Vaccination in the Punjab 1897-1904 - 1897-1904
Year: 1897
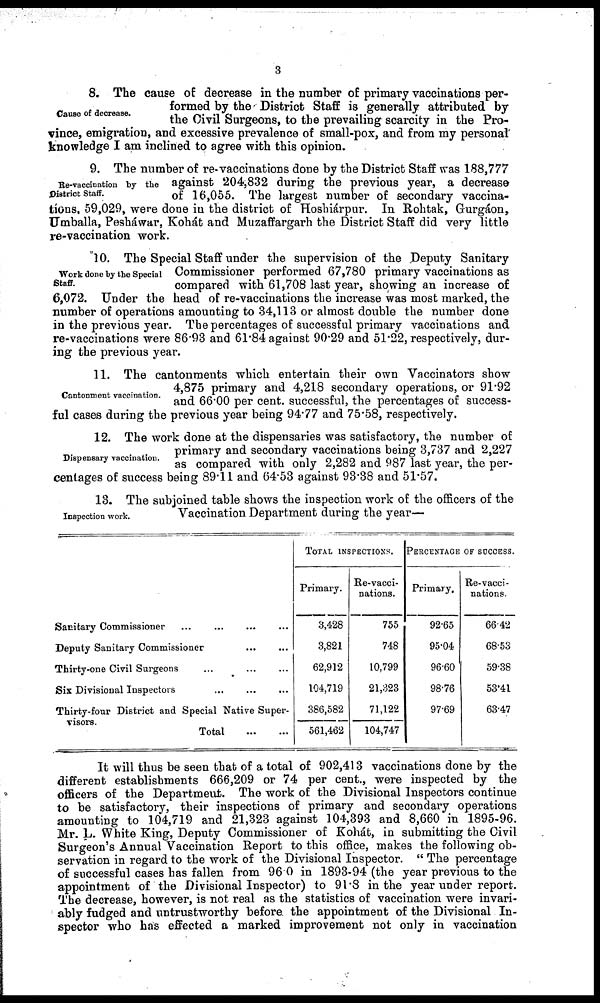
3
Cause of decrease.
8. The cause of decrease in the number of primary vaccinations per-
formed by the District Staff is generally attributed by
the Civil Surgeons, to the prevailing scarcity in the Pro-
vince, emigration, and excessive prevalence of small-pox, and from my personal
knowledge I am inclined to agree with this opinion.
Re-vaccination by the
District Staff.
9. The number of re-vaccinations done by the District Staff was 188,777
against 204,832 during the previous year, a decrease
of 16,055. The largest number of secondary vaccina-
tions, 59,029, were done in the district of Hoshiárpur. In Rohtak, Gurgáon,
Umballa, Pesháwar, Kohát and Muzaffargarh the District Staff did very little
re-vaccination work.
Work done by the Special
Staff.
10. The Special Staff under the supervision of the Deputy Sanitary
Commissioner performed 67,780 primary vaccinations as
compared with 61,708 last year, showing an increase of
6,072. Under the head of re-vaccinations the increase was most marked, the
number of operations amounting to 34,113 or almost double the number done
in the previous year. The percentages of successful primary vaccinations and
re-vaccinations were 86.93 and 61.84 against 90.29 and 51.22, respectively, dur-
ing the previous year.
Cantonment vaccination.
11. The cantonments which entertain their own Vaccinators show
4,875 primary and 4,218 secondary operations, or 91.92
and 66.00 per cent. successful, the percentages of success-
ful cases during the previous year being 94.77 and 75.58, respectively.
Dispensary vaccination.
12. The work done at the dispensaries was satisfactory, the number of
primary and secondary vaccinations being 3,737 and 2,227
as compared with only 2,282 and 987 last year, the per-
centages of success being 89.11 and 64.53 against 93.38 and 51.57.
Inspection work.
13. The subjoined table shows the inspection work of the officers of the
Vaccination Department during the year—
Sanitary Commissioner ... ... ... ...
Deputy Sanitary Commissioner ... ... ... ...
Thirty-one Civil Surgeons
...
...
...
...
Six Divisional Inspectors ... ... ... ...
Thirty-four District and Special Native Super-
visors. ... ... ... ...
Total
...
...
TOTAL INSPECTIONS.
Primary.
3,428
3,821
62,912
104,719
386,582
561,462
Re-vacci-
nations.
755
748
10,799
21,323
71,122
104,747
PERCENTAGE OF SUCCESS.
Primary.
92.65
95.04
96.60
98.76
97.69
Re-vacci¬
nations.
66.42
68.53
59.38
53.41
63.47
It will thus be seen that of a total of 902,413 vaccinations done by the
different establishments 666,209 or 74 per cent., were inspected by the
officers of the Department. The work of the Divisional Inspectors continue
to be satisfactory, their inspections of primary and secondary operations
amounting to 104,719 and 21,323 against 104,393 and 8,660 in 1895-96.
Mr. L. White King, Deputy Commissioner of Kohát, in submitting the Civil
Surgeon's Annual Vaccination Report to this office, makes the following ob-
servation in regard to the work of the Divisional Inspector. " The percentage
of successful cases has fallen from 96 0 in 1893-94 (the year previous to the
appointment of the Divisional Inspector) to 91.8 in the year under report.
The decrease, however, is not real as the statistics of vaccination were invari-
ably fudged and untrustworthy before, the appointment of the Divisional In-
spector who has effected a marked improvement not only in vaccination